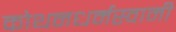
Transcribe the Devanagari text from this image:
कोथनधर्मस्वामी